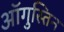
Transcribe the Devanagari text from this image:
ऑगुस्तिन